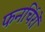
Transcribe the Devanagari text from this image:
फनर्चिरों